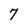
Character: 7